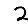
Digit: 2